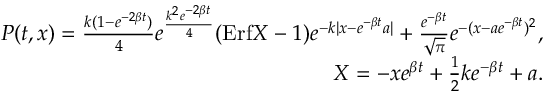
\begin{array} { r l r } & { } & { { P } ( t , x ) = \frac { k ( 1 - e ^ { - 2 \beta t } ) } { 4 } e ^ { \frac { k ^ { 2 } e ^ { - 2 \beta t } } { 4 } } ( \mathrm { E r f } X - 1 ) e ^ { - k | x - e ^ { - \beta t } a | } + \frac { e ^ { - \beta t } } { \sqrt { \pi } } e ^ { - ( x - a e ^ { - \beta t } ) ^ { 2 } } , } \\ & { } & { X = - x e ^ { \beta t } + \frac 1 2 k e ^ { - \beta t } + a . } \end{array}